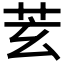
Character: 𦬾